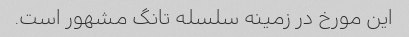
این مورخ در زمینه سلسله تانگ مشهور است.